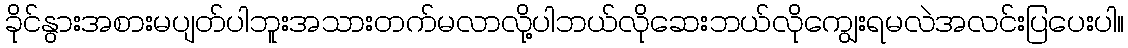
ခိုင်နွားအစားမပျတ်ပါဘူးအသားတက်မလာလို့ပါဘယ်လိုဆေးဘယ်လိုကျွေးရမလဲအလင်းပြပေးပါ။